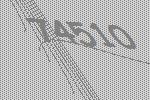
74510